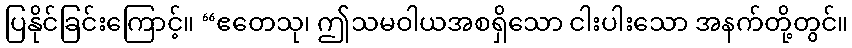
ပြနိုင်ခြင်းကြောင့်။ “ဧတေသု၊ ဤသမဝါယအစရှိသော ငါးပါးသော အနက်တို့တွင်။